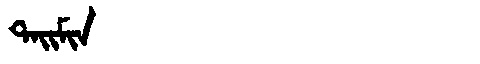
Manchu: ᡨᠠᡳᠮᡳᠨ
Romanization: TAIMIN